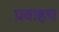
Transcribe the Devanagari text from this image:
प्रवाहच